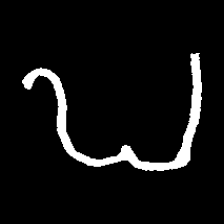
Pyu character \u2014 Myanmar letter: ဎ (romanized: ddha)